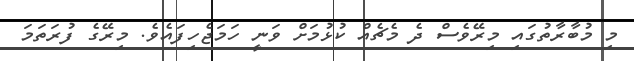
މި މުބާރާތުގައި މިރޭވެސް ދެ މެޗެއް ކުޅުމަށް ވަނީ ހަމަޖެހިފައެވެ. މިރޭގެ ފުރަތަމަ